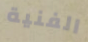
الفنية